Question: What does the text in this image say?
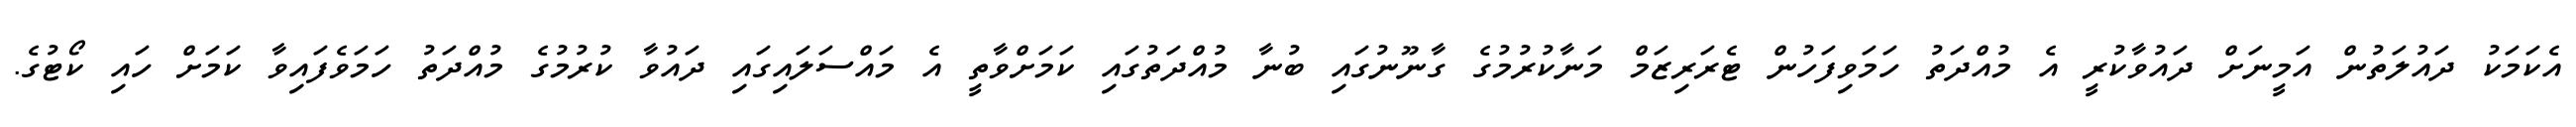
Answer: އެކަމަކު ދައުލަތުން އަމީނަށް ދައުވާކުރީ އެ މުއްދަތު ހަމަވިފަހުން ޓެރަރިޒަމް މަނާކުރުމުގެ ގާނޫނުގައި ބުނާ މުއްދަތުގައި ކަމަށްވާތީ އެ މައްސަލައިގައި ދައުވާ ކުރުމުގެ މުއްދަތު ހަމަވެފައިވާ ކަމަށް ހައި ކޯޓުގެ.